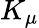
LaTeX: K_{\mu}